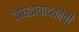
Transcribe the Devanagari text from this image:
चौघडावादकांची